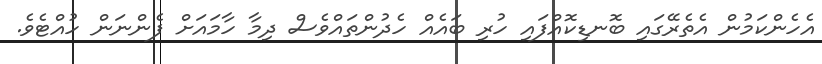
އެހެންކަމުން އެތެރޭގައި ބޮނޑިކޮއްފައި ހުރި ބައެއް ހެދުންތައްވެސް ދިމާ ހާމައަށް ފެންނަން ހުއްޓެވެ.